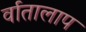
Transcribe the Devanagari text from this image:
र्वातालाप